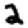
Digit: 2